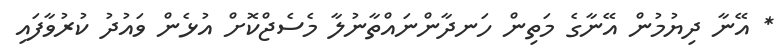
* އޭނާ ދިޔުމުން އޭނާގެ މަތިން ހަނދާންނައްތާނުލާ މެސެޖްކޮށް އުޅެން ވައުދު ކުރުވާފައި